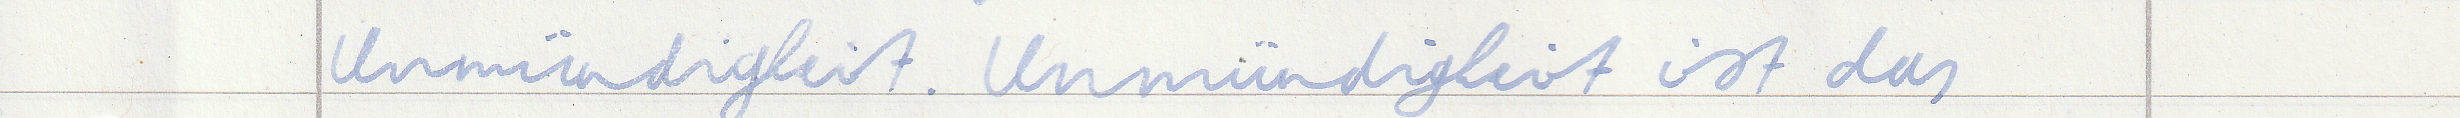
Unmündigkeit. Unmündigkeit ist das